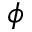
\phi